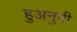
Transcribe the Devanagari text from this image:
हुअनुनी